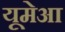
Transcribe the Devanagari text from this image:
यूमेआ